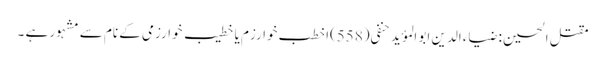
مقتل الحسین : ضیاء الدین ابو المؤید حنفی(558)اخطب خوارزم یا خطیب خوارزمی کے نام سے مشہور ہے ۔